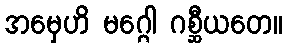
အမှေဟိ မဂ္ဂေါ ဂစ္ဆီယတေ။